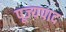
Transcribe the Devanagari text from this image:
पूज्‍यपाद